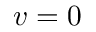
v = 0